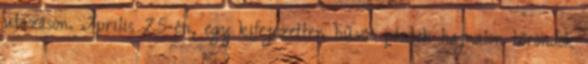
utazáson. Április 25-én, egy kifejezetten hűvös péntek hajnalon bőröndök